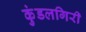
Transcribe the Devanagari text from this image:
कुंडलगिरी